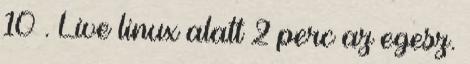
10 . Live linux alatt 2 perc az egesz.